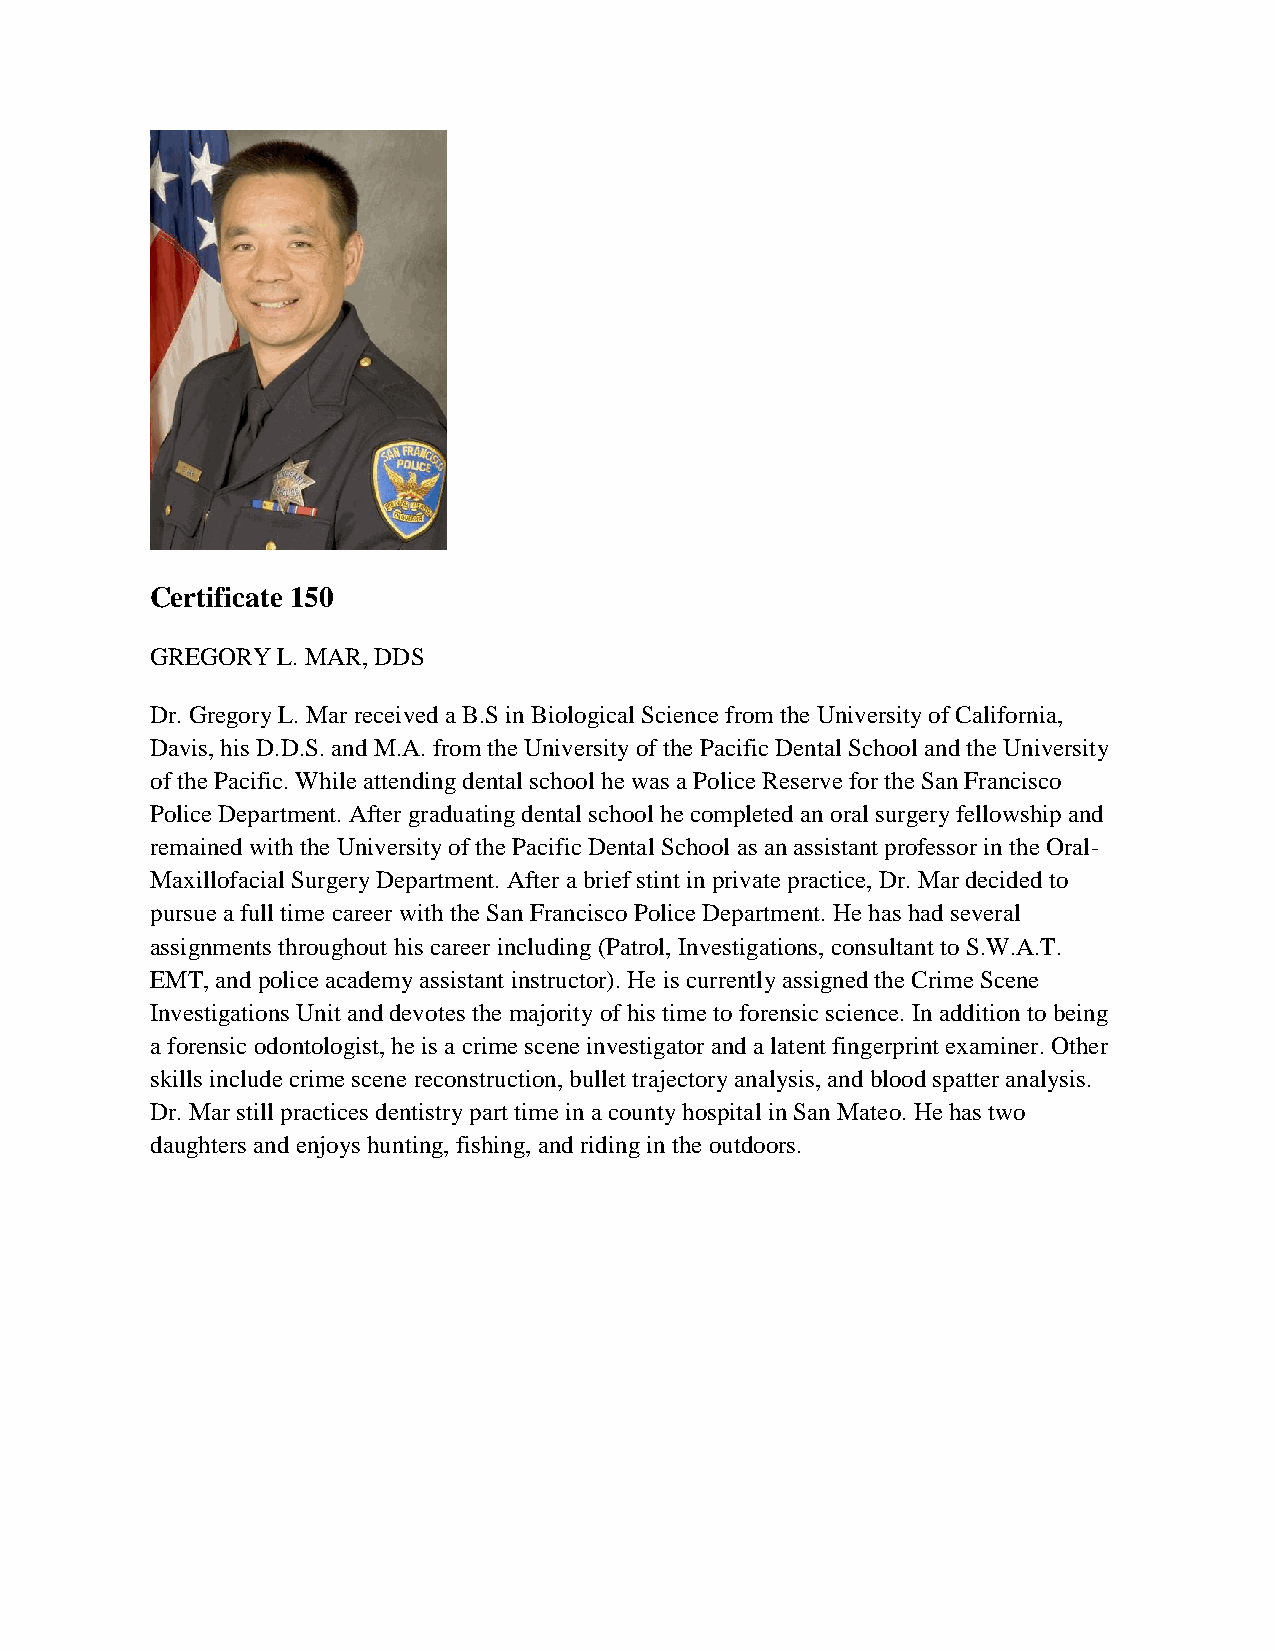
Certificate 150
 GREGORY L. MAR, DDS
 Dr. Gregory L. Mar received a B.S in Biological Science from the University of California,
 Davis, his D.D.S. and M.A. from the University of the Pacific Dental School and the University
 of the Pacific. While attending dental school he was a Police Reserve for the San Francisco
 Police Department. After graduating dental school he completed an oral surgery fellowship and
 remained with the University of the Pacific Dental School as an assistant professor in the Oral-
 Maxillofacial Surgery Department. After a brief stint in private practice, Dr. Mar decided to
 pursue a full time career with the San Francisco Police Department. He has had several
 assignments throughout his career including (Patrol, Investigations, consultant to S.W.A.T.
 EMT, and police academy assistant instructor). He is currently assigned the Crime Scene
 Investigations Unit and devotes the majority of his time to forensic science. In addition to being
 a forensic odontologist, he is a crime scene investigator and a latent fingerprint examiner. Other
 skills include crime scene reconstruction, bullet trajectory analysis, and blood spatter analysis.
 Dr. Mar still practices dentistry part time in a county hospital in San Mateo. He has two
 daughters and enjoys hunting, fishing, and riding in the outdoors.